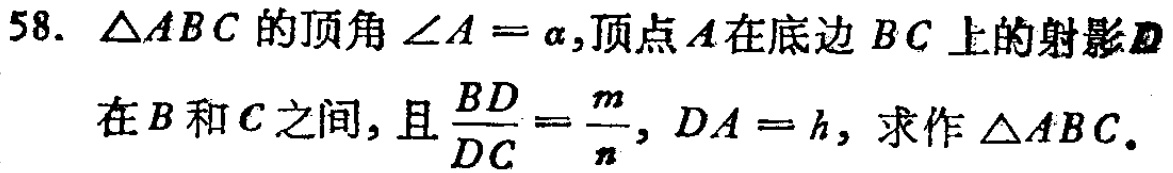
58. $\triangle ABC$的顶角$\angle A = \alpha$,顶点$A$在底边$BC$上的射影$D$在$B$和$C$之间,且$\frac{BD}{DC}=\frac{m}{n}$, $DA = h$, 求作$\triangle ABC$.